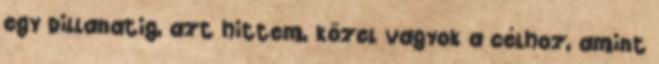
egy pillanatig, azt hittem, közel vagyok a célhoz, amint